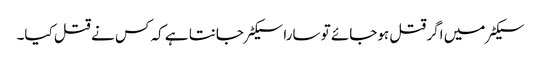
سیکٹر میں اگر قتل ہوجائے تو سارا سیکٹر جانتا ہے کہ کس نے قتل کیا۔